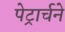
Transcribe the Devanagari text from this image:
पेट्रार्चने